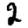
Digit: 2